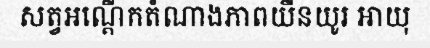
សត្វអណ្តើកតំណាងភាពយឺនយូរ អាយុ